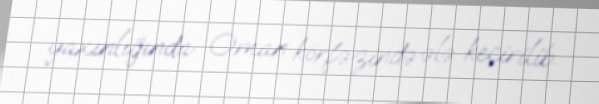
yaxınlığında Oman körfəzində ələ keçirilib.